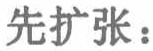
先扩张：